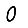
Digit: 0